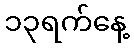
၁၃ရက်နေ့